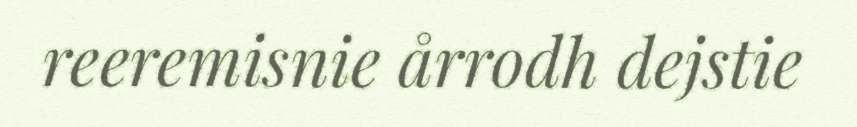
reeremisnie årrodh dejstie